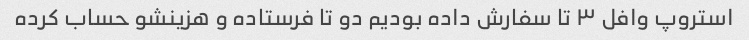
استروپ وافل ۳ تا سفارش داده بودیم دو تا فرستاده و هزینشو حساب کرده